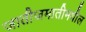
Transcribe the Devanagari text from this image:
जातीजमातीमधील